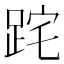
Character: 𨀸